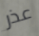
عذر